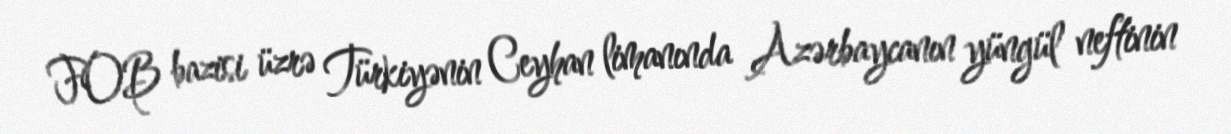
FOB bazisi üzrə Türkiyənin Ceyhan limanında Azərbaycanın yüngül neftinin